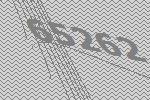
65262